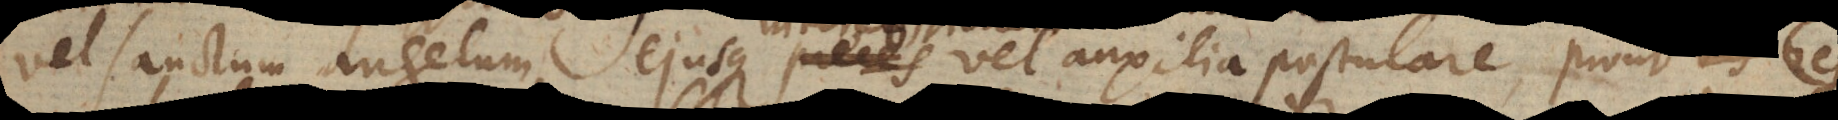
vel sanctum angelum, ejusque preces vel auxilia postulare, pr